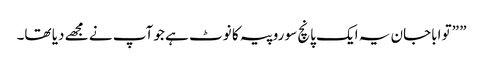
” ”تو اباجان یہ ایک پانچ سو روپیہ کا نوٹ ہے جو آپ نے مجھے دیا تھا۔